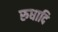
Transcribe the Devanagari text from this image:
रुधादि